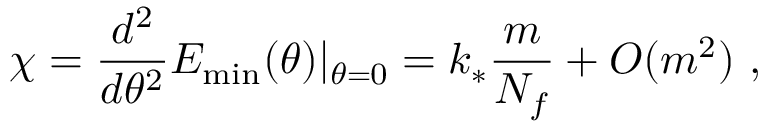
\chi = \frac { d ^ { 2 } } { d \theta ^ { 2 } } { \cal E } _ { \mathrm { m i n } } ( \theta ) | _ { \theta = 0 } = k _ { * } \frac { m } { N _ { f } } + { \cal { O } } ( m ^ { 2 } ) \, \, ,